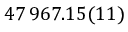
4 7 \, 9 6 7 . 1 5 ( 1 1 )